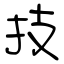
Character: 技